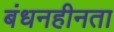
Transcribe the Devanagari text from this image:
बंधनहीनता